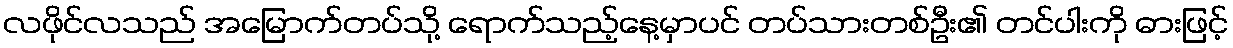
လဖိုင်လသည် အမြောက်တပ်သို့ ရောက်သည့်နေ့မှာပင် တပ်သားတစ်ဦး၏ တင်ပါးကို ဓားဖြင့်